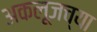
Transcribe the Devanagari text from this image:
अकलूजच्या